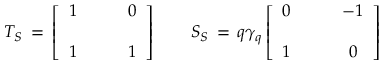
{ \cal T } _ { S } \, = \, \left[ \begin{array} { c c } { { 1 } } & { { \qquad 0 } } \\ { { } } & { { } } \\ { { 1 } } & { { \qquad 1 } } \end{array} \right] \qquad { \cal S } _ { S } \, = \, q \gamma _ { q } \left[ \begin{array} { c c } { { 0 } } & { { \qquad - 1 } } \\ { { } } & { { } } \\ { { 1 } } & { { \qquad 0 } } \end{array} \right]